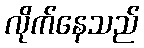
လိုက်နေသည်